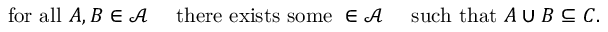
{ \mathrm { ~ f o r ~ a l l ~ } } A , B \in { \mathcal { A } } \quad { \mathrm { ~ t h e r e ~ e x i s t s ~ s o m e ~ } } \in { \mathcal { A } } \quad { \mathrm { ~ s u c h ~ t h a t ~ } } A \cup B \subseteq C .